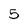
Character: 5